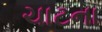
ચાટના